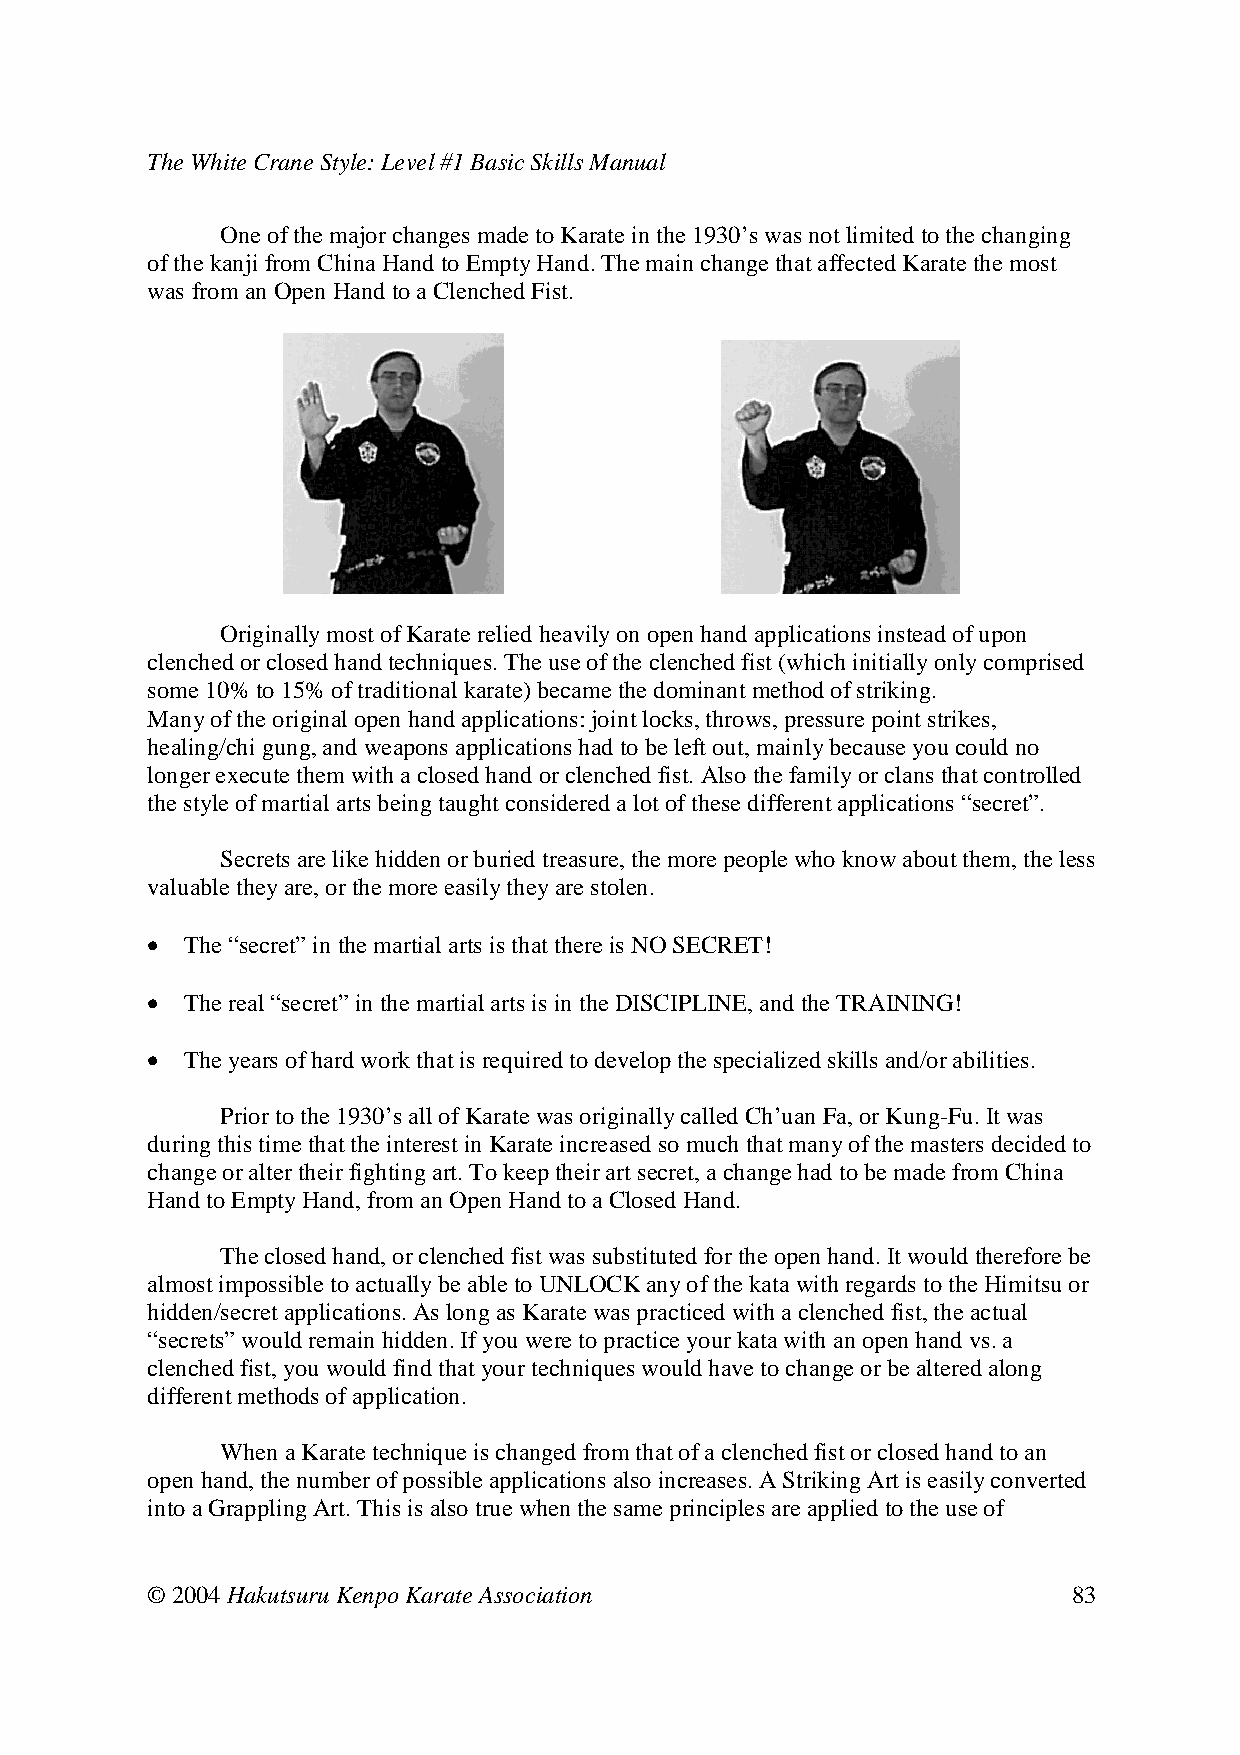
The White Crane Style: Level #1 Basic Skills Manual
 One of the major changes made to Karate in the 1930’s was not limited to the changing
 of the kanji from China Hand to Empty Hand. The main change that affected Karate the most
 was from an Open Hand to a Clenched Fist.
 Originally most of Karate relied heavily on open hand applications instead of upon
 clenched or closed hand techniques. The use of the clenched fist (which initially only comprised
 some 10% to 15% of traditional karate) became the dominant method of striking.
 Many of the original open hand applications: joint locks, throws, pressure point strikes,
 healing/chi gung, and weapons applications had to be left out, mainly because you could no
 longer execute them with a closed hand or clenched fist. Also the family or clans that controlled
 the style of martial arts being taught considered a lot of these different applications “secret”.
 Secrets are like hidden or buried treasure, the more people who know about them, the less
 valuable they are, or the more easily they are stolen.
 • The “secret” in the martial arts is that there is NO SECRET!
 • The real “secret” in the martial arts is in the DISCIPLINE, and the TRAINING!
 • The years of hard work that is required to develop the specialized skills and/or abilities.
 Prior to the 1930’s all of Karate was originally called Ch’uan Fa, or Kung-Fu. It was
 during this time that the interest in Karate increased so much that many of the masters decided to
 change or alter their fighting art. To keep their art secret, a change had to be made from China
 Hand to Empty Hand, from an Open Hand to a Closed Hand.
 The closed hand, or clenched fist was substituted for the open hand. It would therefore be
 almost impossible to actually be able to UNLOCK any of the kata with regards to the Himitsu or
 hidden/secret applications. As long as Karate was practiced with a clenched fist, the actual
 “secrets” would remain hidden. If you were to practice your kata with an open hand vs. a
 clenched fist, you would find that your techniques would have to change or be altered along
 different methods of application.
 When a Karate technique is changed from that of a clenched fist or closed hand to an
 open hand, the number of possible applications also increases. A Striking Art is easily converted
 into a Grappling Art. This is also true when the same principles are applied to the use of
 © 2004 Hakutsuru Kenpo Karate Association                    83